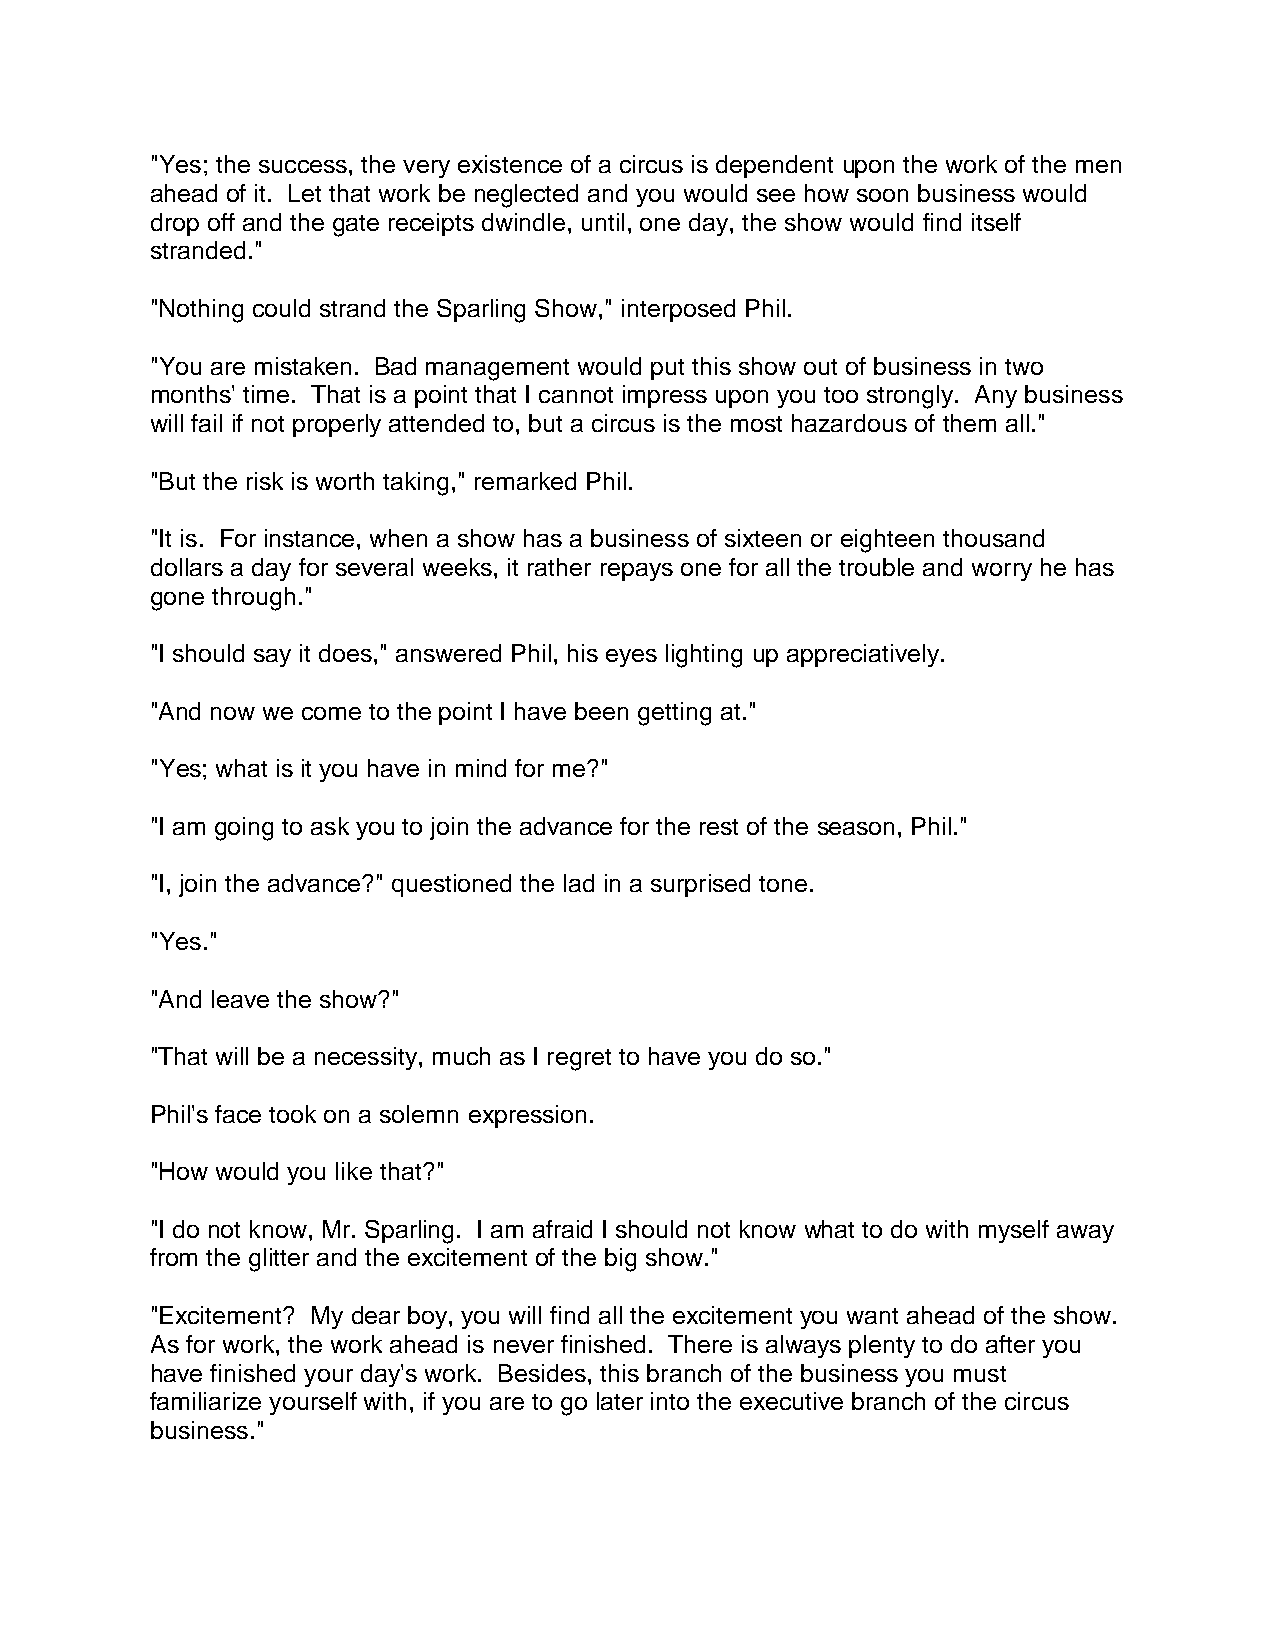
"Yes; the success, the very existence of a circus is dependent upon the work of the men
 ahead of it. Let that work be neglected and you would see how soon business would
 drop off and the gate receipts dwindle, until, one day, the show would find itself
 stranded."
 "Nothing could strand the Sparling Show," interposed Phil.
 "You are mistaken. Bad management would put this show out of business in two
 months' time. That is a point that I cannot impress upon you too strongly. Any business
 will fail if not properly attended to, but a circus is the most hazardous of them all."
 "But the risk is worth taking," remarked Phil.
 "It is. For instance, when a show has a business of sixteen or eighteen thousand
 dollars a day for several weeks, it rather repays one for all the trouble and worry he has
 gone through."
 "I should say it does," answered Phil, his eyes lighting up appreciatively.
 "And now we come to the point I have been getting at."
 "Yes; what is it you have in mind for me?"
 "I am going to ask you to join the advance for the rest of the season, Phil."
 "I, join the advance?" questioned the lad in a surprised tone.
 "Yes."
 "And leave the show?"
 "That will be a necessity, much as I regret to have you do so."
 Phil's face took on a solemn expression.
 "How would you like that?"
 "I do not know, Mr. Sparling. I am afraid I should not know what to do with myself away
 from the glitter and the excitement of the big show."
 "Excitement? My dear boy, you will find all the excitement you want ahead of the show.
 As for work, the work ahead is never finished. There is always plenty to do after you
 have finished your day's work. Besides, this branch of the business you must
 familiarize yourself with, if you are to go later into the executive branch of the circus
 business."